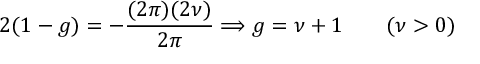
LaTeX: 2 ( 1 - g ) = - \frac { ( 2 \pi ) ( 2 \nu ) } { 2 \pi } \Longrightarrow g = \nu + 1 \qquad ( \nu > 0 )